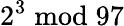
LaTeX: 2^{3}{\bmod{9}}7